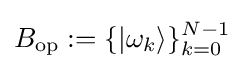
B_{\text{op}}:=\{|\omega _{k}\rangle \}_{k=0}^{N-1}